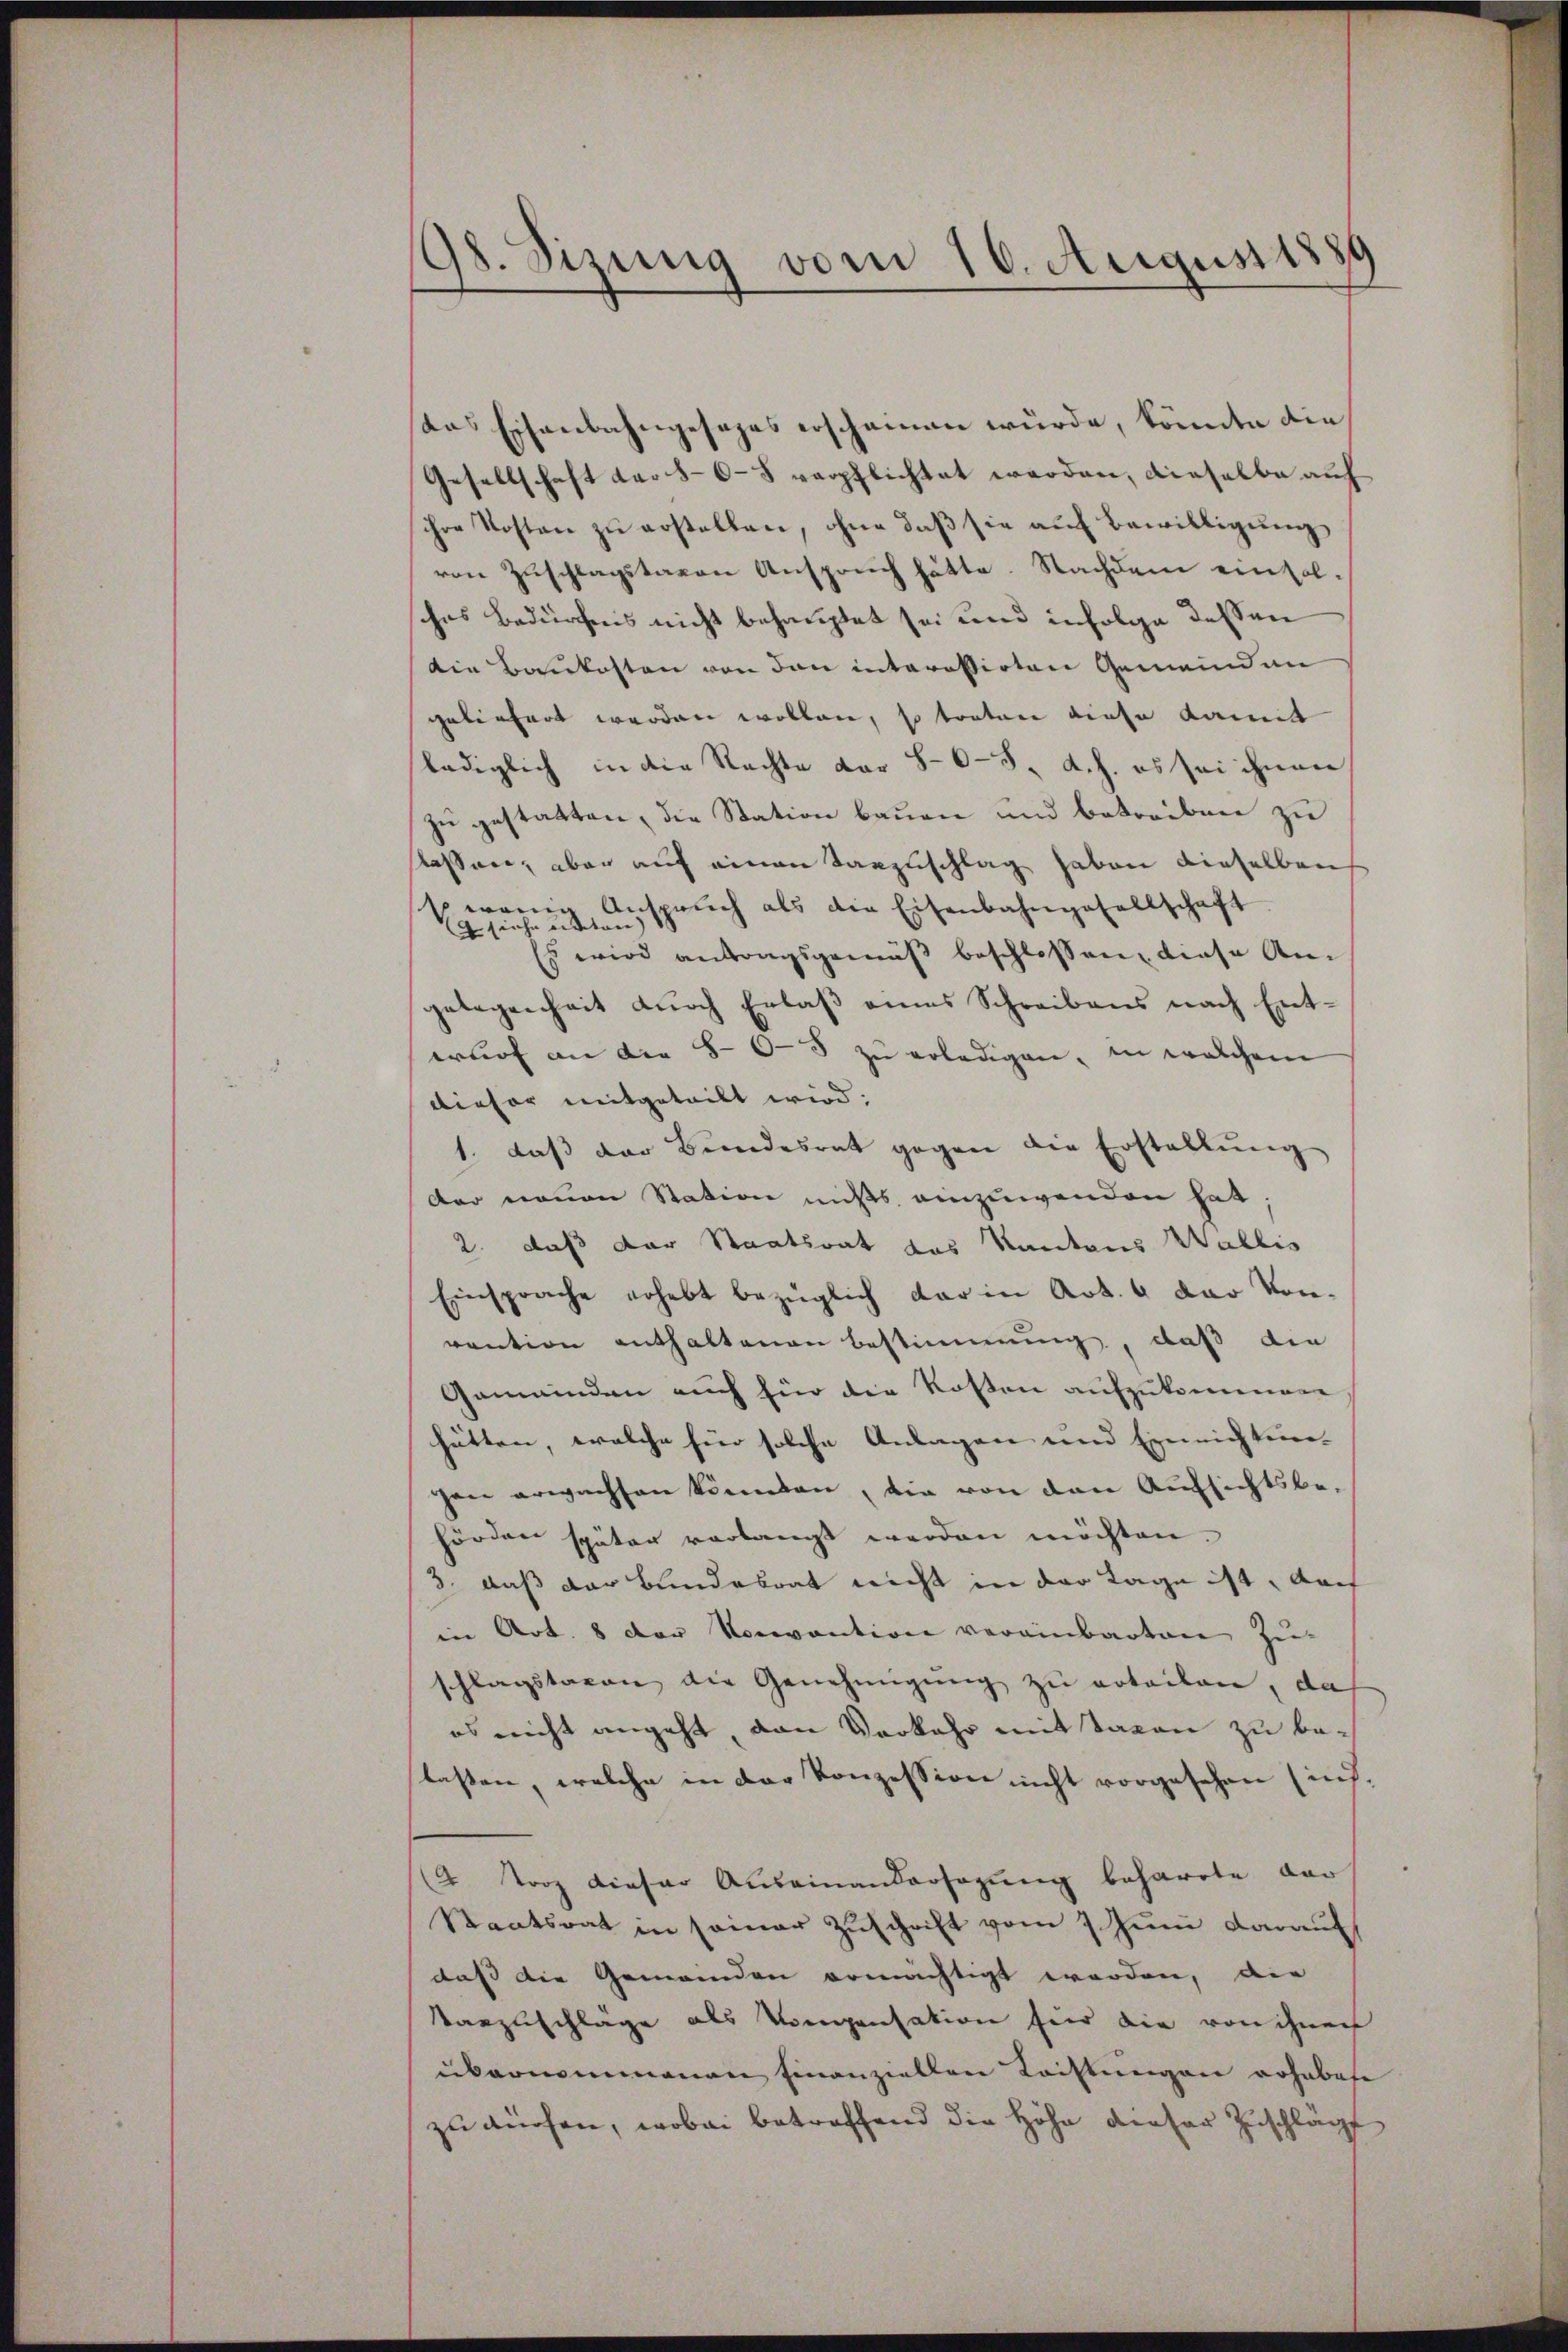
98. Sizung vom 16. August 1889

saas Eisenbahngesezes erscheinen wŭrde, könnte die
Gesellschaft der 80–5 verpflichtet werden, dieselbe auf
ihre Kosten zu erstellen, ohne daß sie auf Bewilligung
von Zŭschlagstagen Ansprŭch hätte. Nachdem ein sol-
ches Bedürfnis nicht behauptet sei und infolge dessen
die Baukosten von den interessirten Gemeinden
geliefert werden wollen, so traten diese Kamit
lediglich in die Rechte dar 80 - 5. d. h. es sei ihnen
zu gestatten, die Station bauen und betreiben zu
slassen, aber auf einen Tanzuschlag haben dieselben
Erwägung urspruch als die Eisenbahngesellschaft
Es wird antragsgemäβ beschlossen, diese An-
gelegenheit dŭrch Erlaβ eines Schreibens nach Entwŭrf an die 80-5 zŭ erledigen, in welchem
dieser mitgeteilt wird:
1. daβ der Bŭndesrat gegen die Erstellŭng
der neuen Station nichts einzuwenden hat;
2. daß der Staatsrat das Kantons Wallis
Einsprache erhebt bezüglich dar in Art. 4 der Von-
vention enthaltenen Bestimmung, daß die
Gemeinden auch für die Kosten aufzukommen
hätten, welche für solche Anlagen und Einrichten-
gen erwachsen könnten, die von den Aufsichtsbe-
hörden später verlangt werden möchten.
3. daß der Bundesrat nicht in der Tage ist, doch
in Art. 8 der Konvention vereinbarten Zu-
schlagstaxen die Genehmigung zu erteilen, das
es nicht angeht, von Vorkehr mit Taxen zu belassen, welche in der Konzession nicht vorgesehen (ins.
4 Torz dieser Auseinandersagung beharrte, der
Staatsrat in seiner Zuschrift vom 7. Juni darauf
daß die Gemeinden ermächtigt worden, die
Varzuschläge als Vorgensation für die von ihnen
übernommenen einanziellen Rechtungen erhabete
zu dürfen, wobei betreffend die Höhe dieser Zuschläg